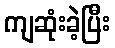
ကျဆုံးခဲ့ပြီး